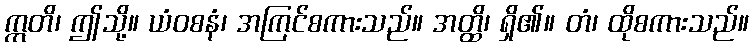
ဣတိ၊ ဤသို့။ ယံဝစနံ၊ အကြင်စကားသည်။ အတ္ထိ၊ ရှိ၏။ တံ၊ ထိုစကားသည်။